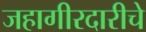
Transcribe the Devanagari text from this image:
जहागीरदारीचे